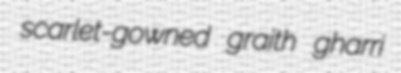
scarlet-gowned graith gharri